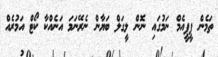
ތަމެން ޕީޕީއެމް ނަމުގައި ނޮން ލީގަލް ބަޔާން ނެރޭނަމަ އަނެއްކާ ކޯޓް އަމުރެއް